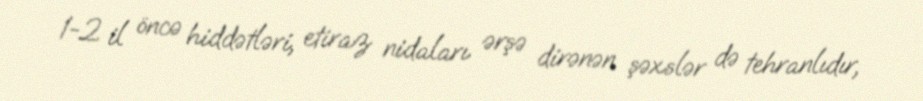
1-2 il öncə hiddətləri, etiraz nidaları ərşə dirənən şəxslər də tehranlıdır,